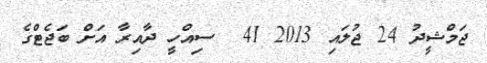
ޖަމްޝީދު 24 ޖުލައި 2013 41  ސިއްހީ ދާއިރާ އަށް ބަޖެޓްގެ